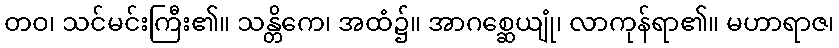
တဝ၊ သင်မင်းကြီး၏။ သန္တိကေ၊ အထံ၌။ အာဂစ္ဆေယျုံ၊ လာကုန်ရာ၏။ မဟာရာဇ၊